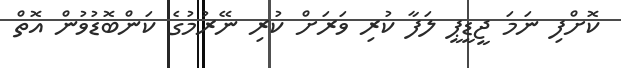
ކޮށްފި ނަމަ ޖީޑީޕީ ލަފާ ކުރި ވަރަށް ކުރި ނޭރުމުގެ ކަންބޮޑުވުން އޮތް